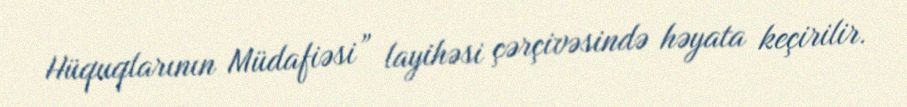
Hüquqlarının Müdafiəsi” layihəsi çərçivəsində həyata keçirilir.